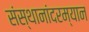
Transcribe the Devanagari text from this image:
संस्थानांदरम्यान